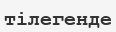
тілегенде